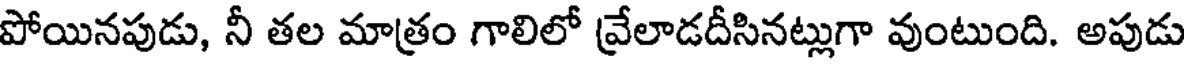
పోయినపుడు, నీ తల మాత్రం గాలిలో వ్రేలాడదీసినట్లుగా వుంటుంది. అపుడు